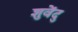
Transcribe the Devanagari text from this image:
शुवेंदु